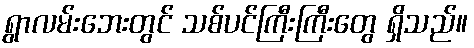
ရွာလမ်းဘေးတွင် သစ်ပင်ကြီးကြီးတွေ ရှိသည်။